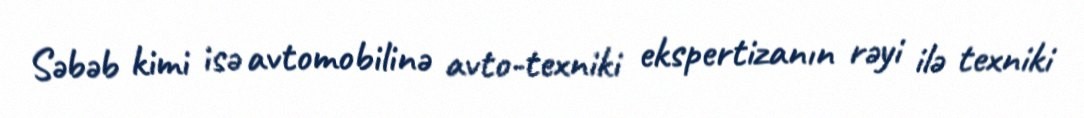
Səbəb kimi isə avtomobilinə avto-texniki ekspertizanın rəyi ilə texniki